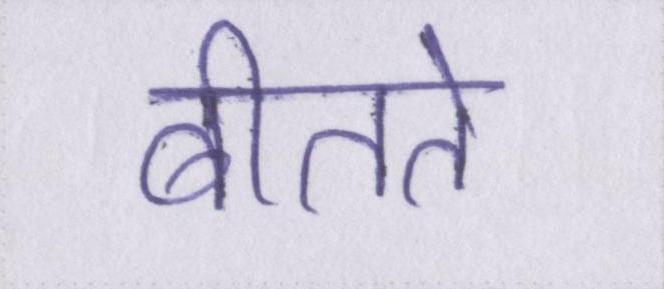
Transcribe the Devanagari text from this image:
बीतते